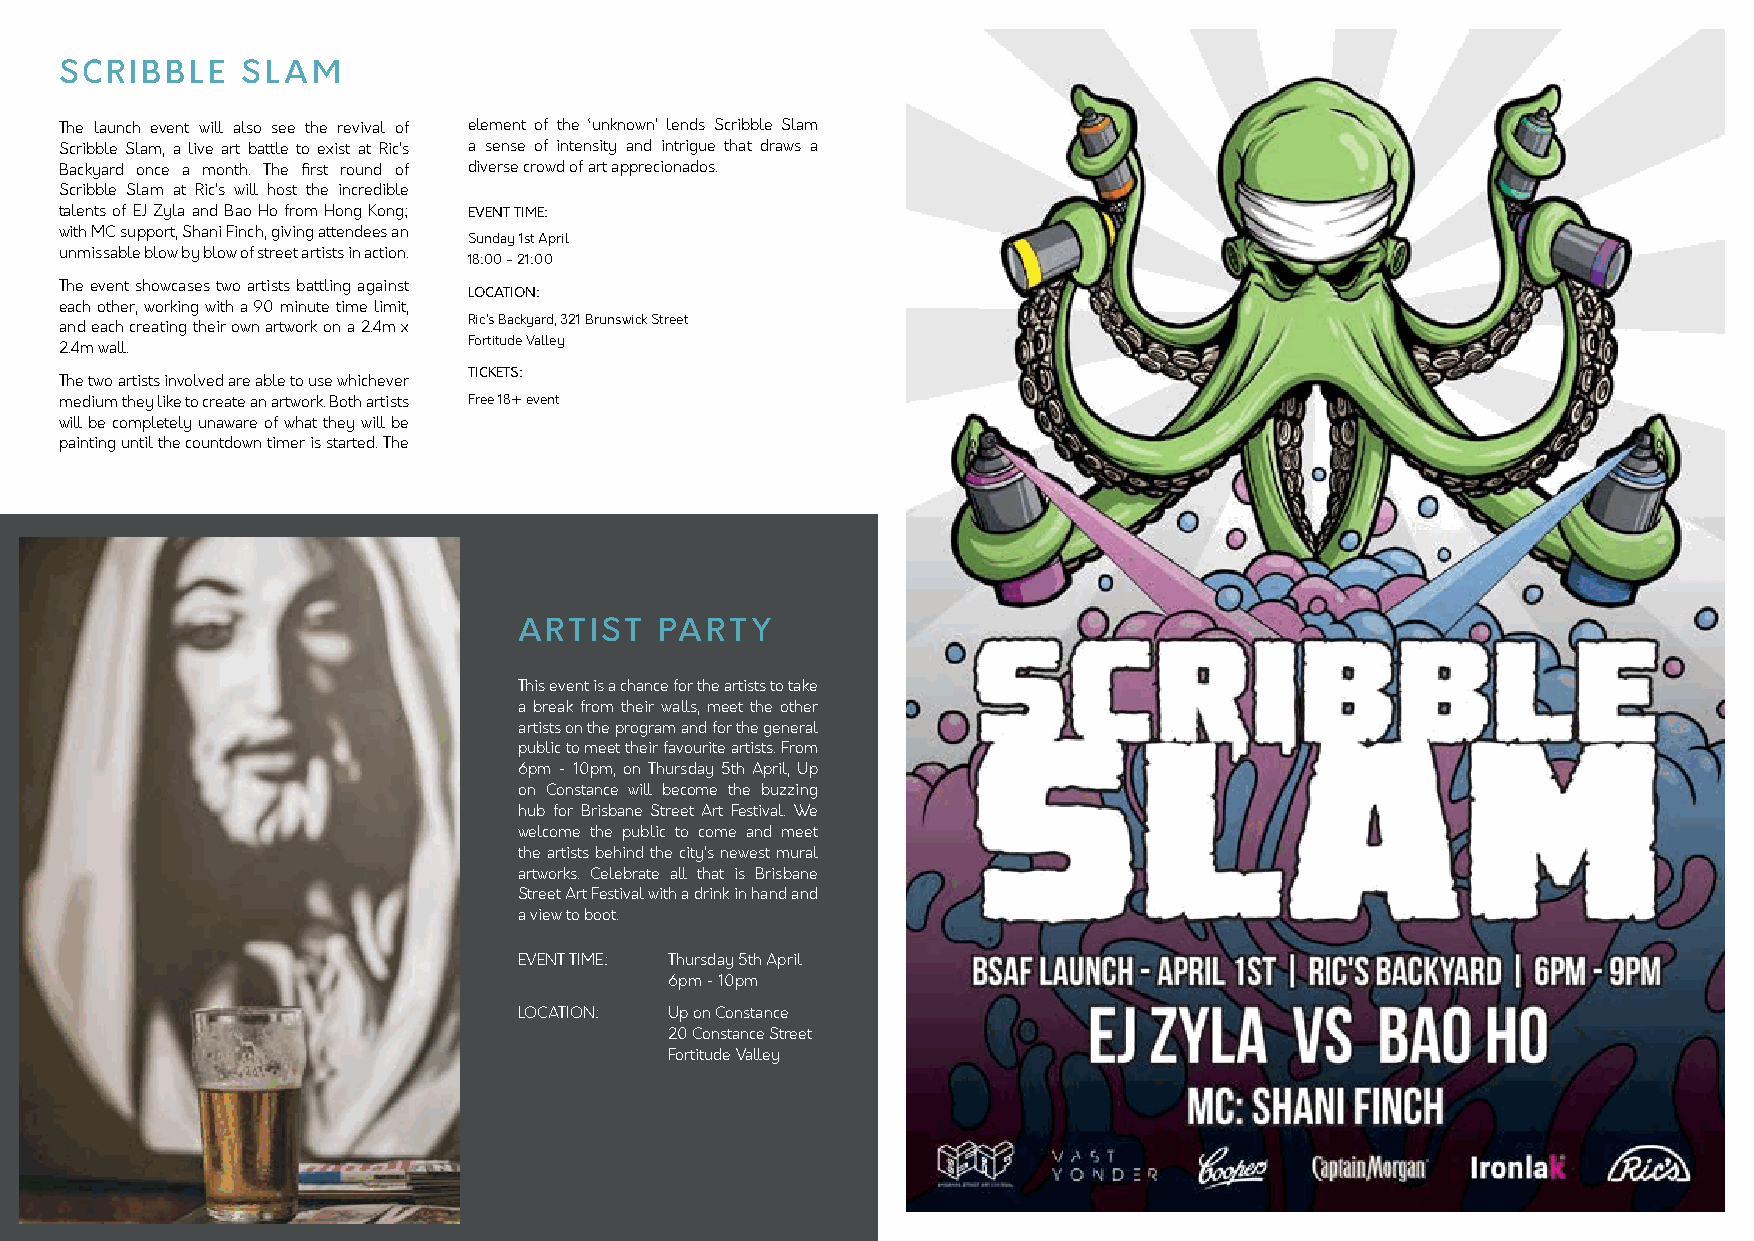
SCRIBBLE    SLAM
 The launch event will also see the revival of element of the ‘unknown’ lends Scribble Slam
 Scribble Slam, a live art battle to exist at Ric’s a sense of intensity and intrigue that draws a
 Backyard once a month. The first round of diverse crowd of art apprecionados.
 Scribble Slam at Ric’s will host the incredible
 talents of EJ Zyla and Bao Ho from Hong Kong; EVENT TIME:
 with MC support, Shani Finch, giving attendees an
 Sunday 1st April
 unmissable blow by blow of street artists in action.
 18:00 - 21:00
 The event showcases two artists battling against
 LOCATION:
 each other, working with a 90 minute time limit,
 Ric’s Backyard, 321 Brunswick Street
 and each creating their own artwork on a 2.4m x
 Fortitude Valley
 2.4m wall.
 TICKETS:
 The two artists involved are able to use whichever
 medium they like to create an artwork. Both artists Free 18+ event
 will be completely unaware of what they will be
 painting until the countdown timer is started. The
 ARTIST    PARTY
 This event is a chance for the artists to take
 a break from their walls, meet the other
 artists on the program and for the general
 public to meet their favourite artists. From
 6pm - 10pm, on Thursday 5th April, Up
 on Constance will become the buzzing
 hub for Brisbane Street Art Festival. We
 welcome the public to come and meet
 the artists behind the city’s newest mural
 artworks. Celebrate all that is Brisbane
 Street Art Festival with a drink in hand and
 a view to boot.
 EVENT TIME: Thursday 5th April
 6pm - 10pm
 LOCATION: Up on Constance
 20 Constance Street
 Fortitude Valley
 6   #bsafest                                                                                                7